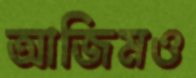
আজিমও